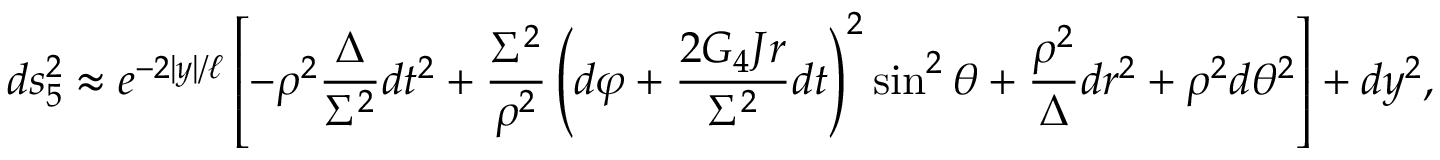
d s _ { 5 } ^ { 2 } \approx e ^ { - 2 | y | / \ell } \left[ - \rho ^ { 2 } \frac { \Delta } { \Sigma ^ { 2 } } d t ^ { 2 } + \frac { \Sigma ^ { 2 } } { \rho ^ { 2 } } \left( d \varphi + \frac { 2 G _ { 4 } J r } { \Sigma ^ { 2 } } d t \right) ^ { 2 } \sin ^ { 2 } { \theta } + \frac { \rho ^ { 2 } } { \Delta } d r ^ { 2 } + \rho ^ { 2 } d \theta ^ { 2 } \right] + d y ^ { 2 } ,